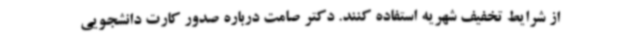
از شرایط تخفیف شهریه استفاده کنند. دکتر صامت درباره صدور کارت دانشجویی